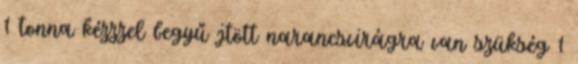
1 tonna kézzzel begyű jtött narancsvirágra van szükség 1